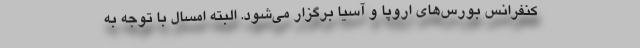
کنفرانس بورس‌های اروپا و آسیا برگزار می‌شود. البته امسال با توجه به